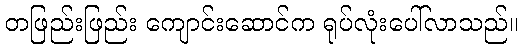
တဖြည်းဖြည်း ကျောင်းဆောင်က ရုပ်လုံးပေါ်လာသည်။